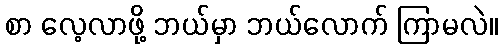
စာ လေ့လာဖို့ ဘယ်မှာ ဘယ်လောက် ကြာမလဲ။